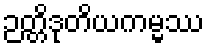
ဉတ္တိဒုတိယကမ္မဿ